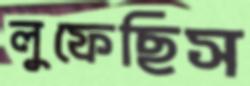
লুফেছিস